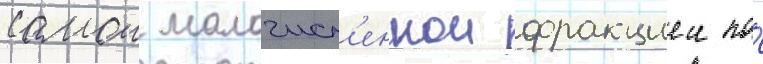
самои малочисл'еннои фракциеи по́